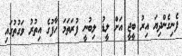
ފެނިގެންދިޔަ އިރު ބީޖީ އަށް ލީޑު ލިބުނީ ފުރަތަމަ ހާފުގެ އިތުރު ވަގުތުގައި